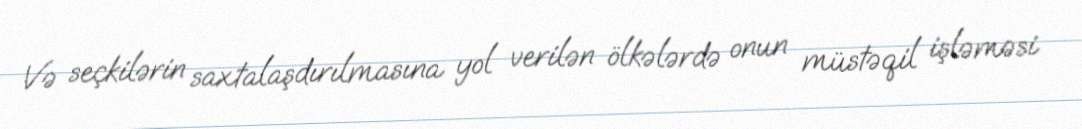
Və seçkilərin saxtalaşdırılmasına yol verilən ölkələrdə onun müstəqil işləməsi